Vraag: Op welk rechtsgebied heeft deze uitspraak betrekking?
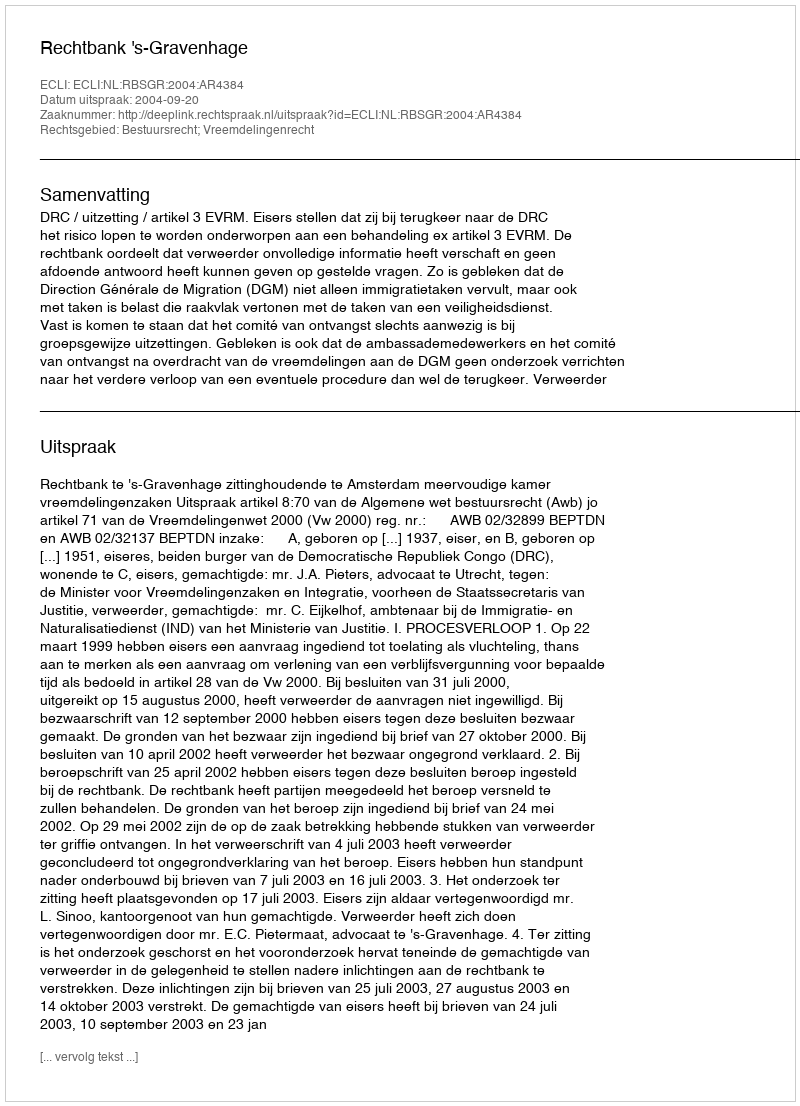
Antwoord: Bestuursrecht; Vreemdelingenrecht